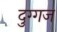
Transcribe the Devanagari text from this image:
दुग्गज